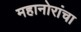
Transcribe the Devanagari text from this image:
महानोरांचा